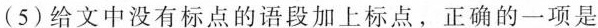
（5）给文中没有标点的语段加上标点，正确的一项是